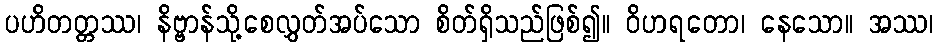
ပဟိတတ္တဿ၊ နိဗ္ဗာန်သို့စေလွှတ်အပ်သော စိတ်ရှိသည်ဖြစ်၍။ ဝိဟရတော၊ နေသော။ အဿ၊